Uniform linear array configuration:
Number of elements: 64
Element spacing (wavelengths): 0.25
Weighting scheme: hamming
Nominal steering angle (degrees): -45
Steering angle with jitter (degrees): -46.931
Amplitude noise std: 0.05
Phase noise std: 0.05

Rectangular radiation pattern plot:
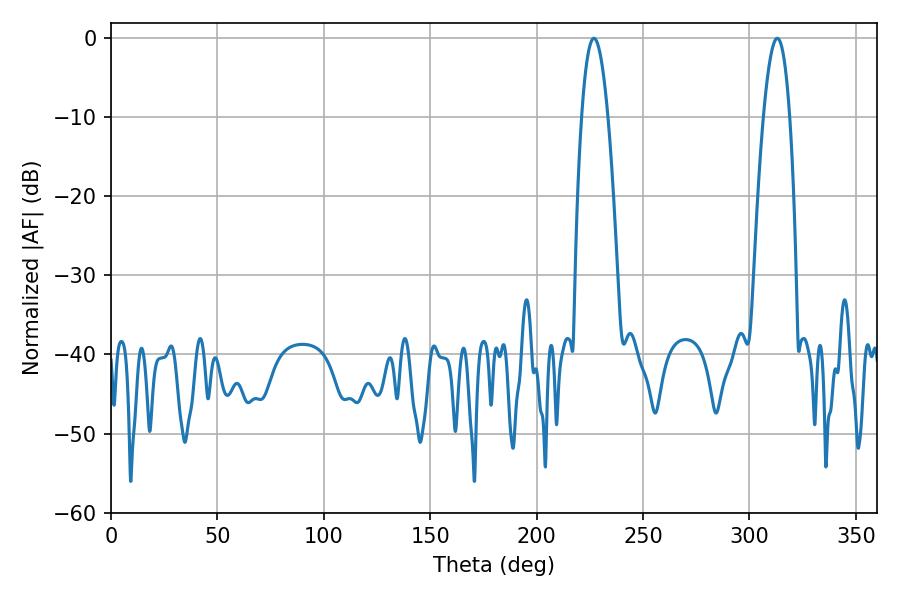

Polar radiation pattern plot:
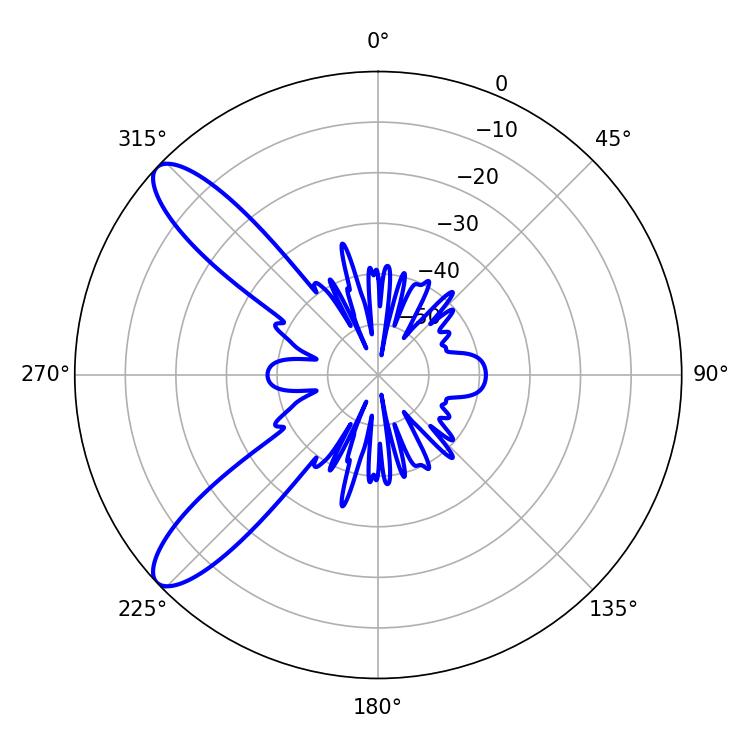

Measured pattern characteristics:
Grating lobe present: FALSE
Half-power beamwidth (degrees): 6.84
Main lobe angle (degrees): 313.02